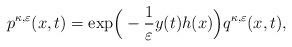
LaTeX: \begin{align*} p^{\kappa,\varepsilon}(x,t)=\mathrm{exp}\Big(-\frac{1}{\varepsilon}y(t)h(x)\Big)q^{\kappa,\varepsilon}(x,t),\end{align*}